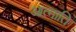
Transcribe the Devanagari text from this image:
आत्माति